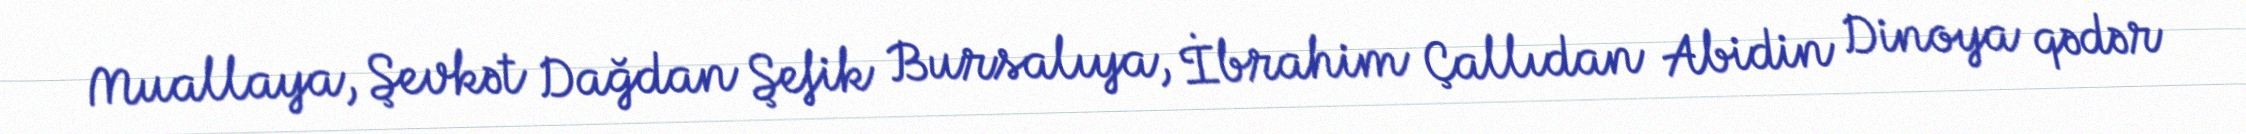
Muallaya, Şevkət Dağdan Şefik Bursalıya, İbrahim Çallıdan Abidin Dinoya qədər